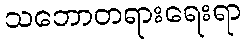
သဘောတရားရေးရာ